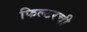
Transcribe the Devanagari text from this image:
फिल्टरची